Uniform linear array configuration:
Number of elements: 8
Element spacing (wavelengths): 0.25
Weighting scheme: kaiser
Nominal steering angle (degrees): -45
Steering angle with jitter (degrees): -43.967
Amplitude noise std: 0.05
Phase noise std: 0.05

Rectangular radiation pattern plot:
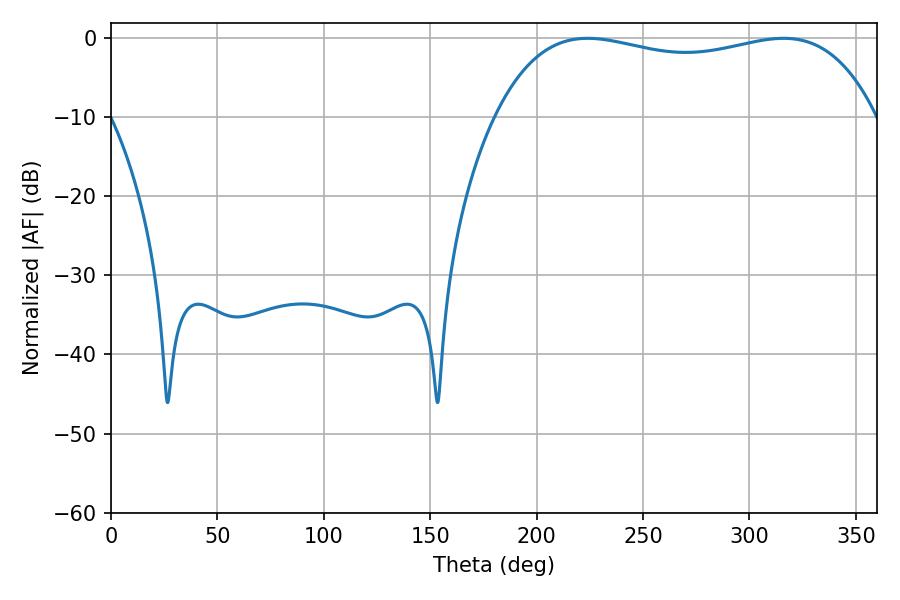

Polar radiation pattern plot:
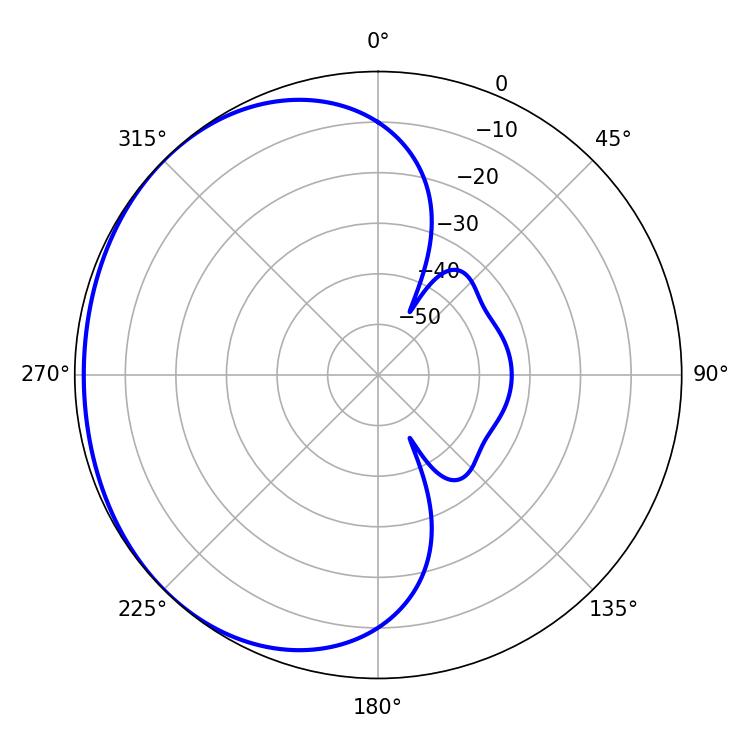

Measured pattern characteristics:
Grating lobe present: FALSE
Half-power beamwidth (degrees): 145.08
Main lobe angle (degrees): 223.92